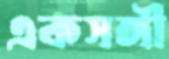
একসঙ্গী